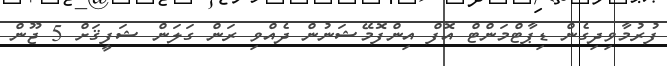
ފުރުމާވިދިގެން ޑިޕާޓްމަންޓް އޮފް އިންފޮމޭޝަނުން ދެއްވި ރަން ގަލަން ޝަފީޤަށް 5 ޖޫން